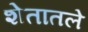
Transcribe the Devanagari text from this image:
शेतातले